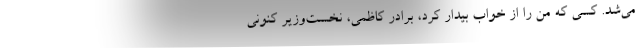
می‌شد. کسی که من را از خواب بیدار کرد، برادر کاظمی، نخست‌وزیر کنونی